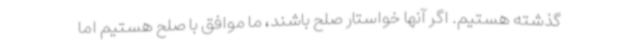
گذشته هستیم. اگر آنها خواستار صلح باشند، ما موافق با صلح هستیم اما